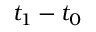
t _ { 1 } - t _ { 0 }